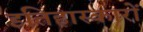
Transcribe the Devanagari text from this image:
इतिहास्कारों